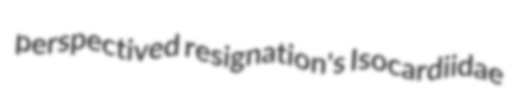
perspectived resignation's Isocardiidae